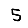
Digit: 5